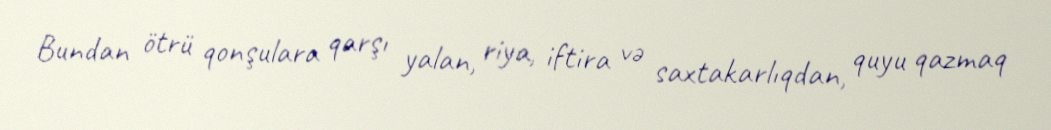
Bundan ötrü qonşulara qarşı yalan, riya, iftira və saxtakarlıqdan, quyu qazmaq